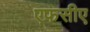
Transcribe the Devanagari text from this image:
एफसीए